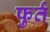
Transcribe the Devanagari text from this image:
फुर्त